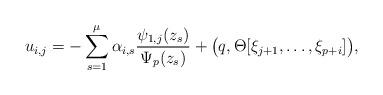
LaTeX: \begin{align*}u_{i,j}=-\sum^\mu_{s=1}\alpha_{i,s}\frac{\psi_{1,j}(z_s)}{\Psi_p(z_s)}+\big(q,\Theta[\xi_{j+1},\ldots,\xi_{p+i}]\big),\end{align*}